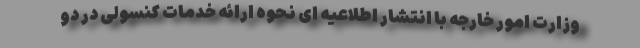
وزارت امور خارجه با انتشار اطلاعیه ای نحوه ارائه خدمات کنسولی در دو